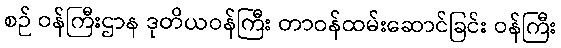
စဉ် ဝန်ကြီးဌာန ဒုတိယဝန်ကြီး တာဝန်ထမ်းဆောင်ခြင်း ဝန်ကြီး